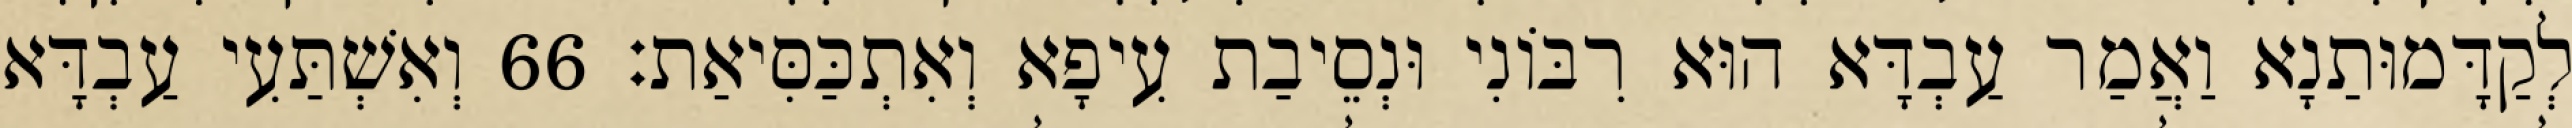
לְקַדָּמוּתַנָא וַאֲמַר עַבְדָּא הוּא רִבּוֹנִי וּנְסֵיבַת עִיפָא וְאִתְכַּסִּיאַת׃ 66 וְאִשְׁתַּעִי עַבְדָּא